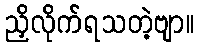
ညှိလိုက်ရသတဲ့ဗျာ။